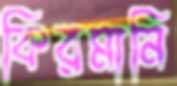
কিরমানি